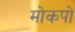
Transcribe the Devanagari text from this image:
मोकपो